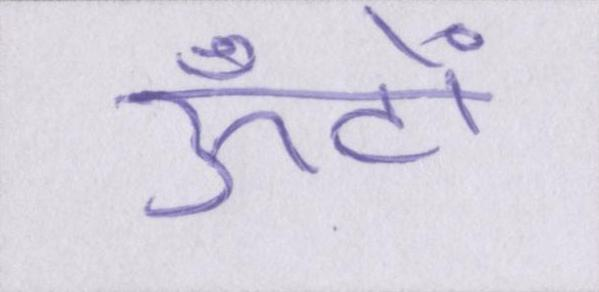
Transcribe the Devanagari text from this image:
ऊँटों